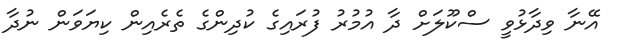
އޭނާ ވިދާޅުވީ ސްކޫލަށް ދާ އުމުރު ފުރައިގެ ކުދިންގެ ތެރެއިން ކިޔަވަން ނުދާ